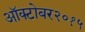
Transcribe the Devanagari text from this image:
ऑक्टोबर२०१५